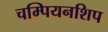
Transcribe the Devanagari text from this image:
चम्पियनशिप